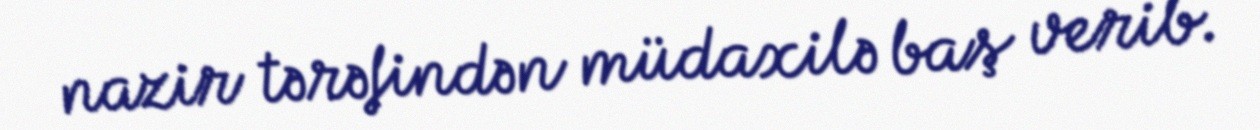
nazir tərəfindən müdaxilə baş verib.